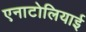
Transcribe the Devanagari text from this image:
एनाटोलियाई